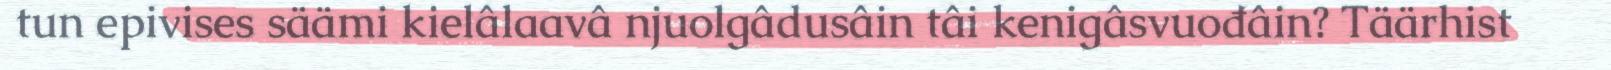
tun epivises säämi kielâlaavâ njuolgâdusâin tâi kenigâsvuođâin? Täärhist